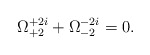
\begin{align*}\Omega^{+2i}_{+2}+\Omega^{-2i}_{-2}=0.\end{align*}